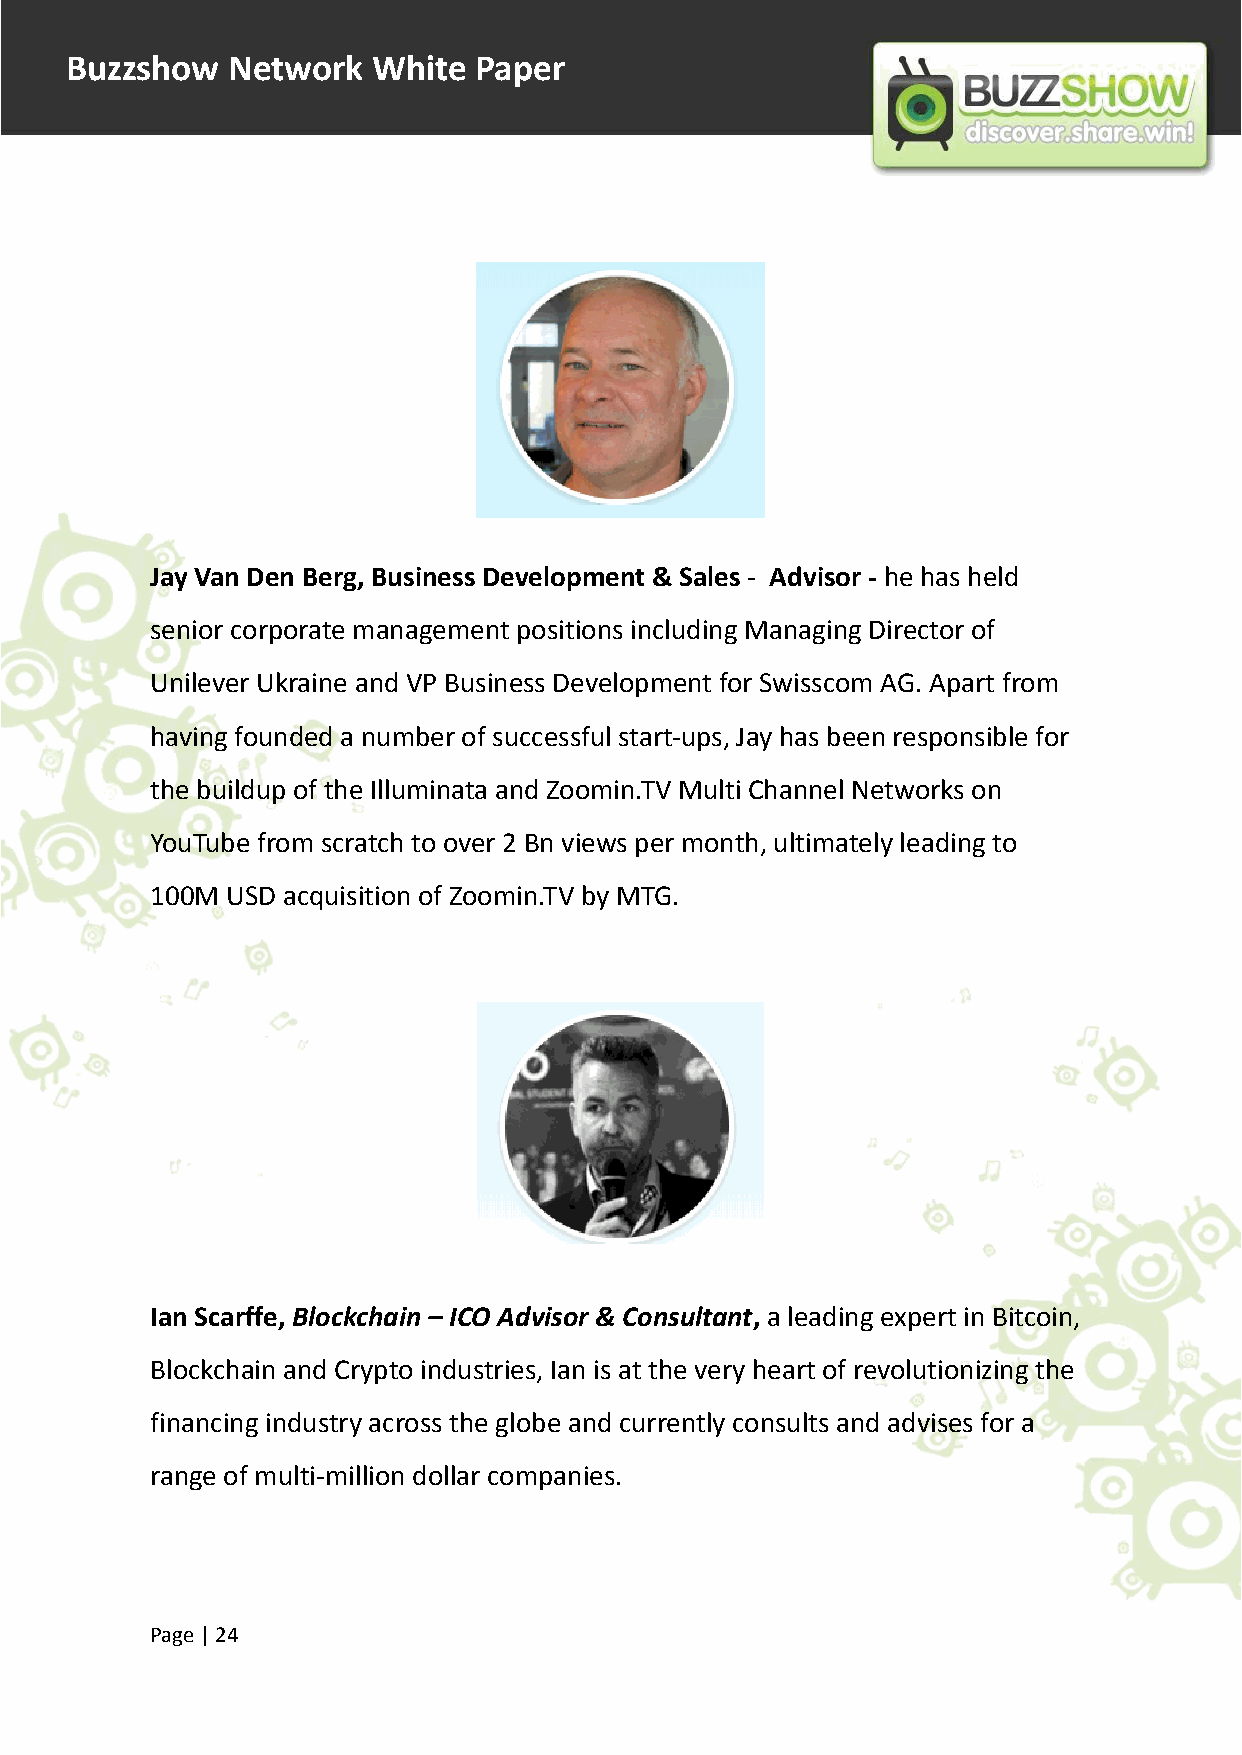
Buzzshow   Network   White Paper
 Jay Van Den Berg, Business Development & Sales - Advisor - he has held
 senior corporate management positions including Managing Director of
 Unilever Ukraine and VP Business Development for Swisscom AG. Apart from
 having founded a number of successful start-ups, Jay has been responsible for
 the buildup of the Illuminata and Zoomin.TV Multi Channel Networks on
 YouTube from scratch to over 2 Bn views per month, ultimately leading to
 100M USD acquisition of Zoomin.TV by MTG.
 Ian Scarffe, Blockchain – ICO Advisor & Consultant, a leading expert in Bitcoin,
 Blockchain and Crypto industries, Ian is at the very heart of revolutionizing the
 financing industry across the globe and currently consults and advises for a
 range of multi-million dollar companies.
 Page |24